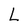
Character: L